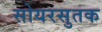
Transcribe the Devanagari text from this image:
सोयरसुतक